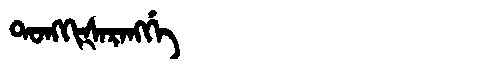
Manchu: ᡨᠣᠩᡴᡳᡧᠠᡵᠠᠩᡤᡝ
Romanization: TONGKIŠARANGGE